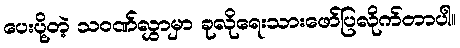
ပေးပို့တဲ့ သဝဏ်လွှာမှာ ခုလိုရေးသားဖော်ပြလိုက်တာပါ။